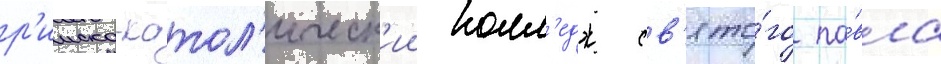
р'имско-катол'ическ'ии колл'едж св'ято́го па́вла